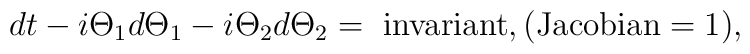
dt-i\Theta _{1}d\Theta _{1}- i\Theta _{2}d\Theta _{2}=\hbox{ invariant},(\hbox{Jacobian}=1),